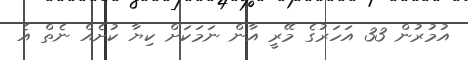
އުމުރުން 33 އަހަރުގެ މޭރީ އާން ނަމަކަށް ކިޔާ ކުށެއް ނެތް އެ